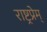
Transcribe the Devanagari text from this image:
राष्ट्रप्रेम्